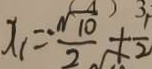
x _ { 1 } = - \frac { \sqrt { 1 0 } } { 2 } + \frac { 1 } { 2 }